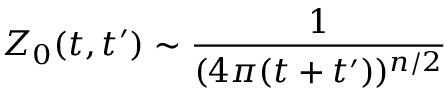
Z _ { 0 } ( t , t ^ { \prime } ) \sim \frac { 1 } { ( 4 \pi ( t + t ^ { \prime } ) ) ^ { n / 2 } }